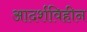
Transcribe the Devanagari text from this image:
आदर्शविहीन